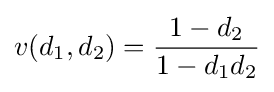
v(d_{1},d_{2})={\frac {1-d_{2}}{1-d_{1}d_{2}}}